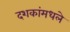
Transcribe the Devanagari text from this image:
दशकांमधले